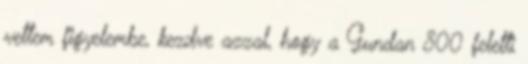
vettem figyelembe, kezdve azzal, hogy a Gundan 800 feletti